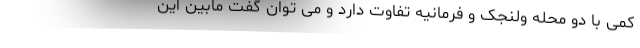
کمی با دو محله ولنجک و فرمانیه تفاوت دارد و می توان گفت مابین این